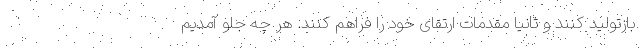
بازتولید کنند و ثانیا مقدمات ارتقای خود را فراهم کنند. هر چه جلو آمدیم